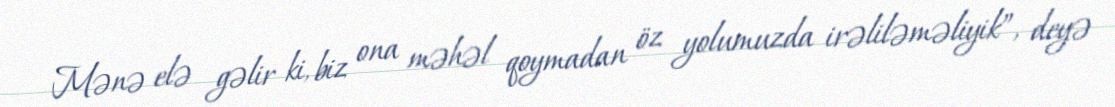
Mənə elə gəlir ki, biz ona məhəl qoymadan öz yolumuzda irəliləməliyik”, deyə